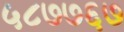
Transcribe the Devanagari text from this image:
५८७७६७